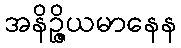
အနိဉ္ဇိယမာနေန